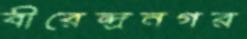
বীরেন্দ্রনগর